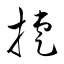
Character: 捷